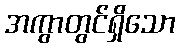
အကွာတွင်ရှိသော